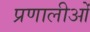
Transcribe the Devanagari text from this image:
प्रणालीओं